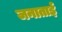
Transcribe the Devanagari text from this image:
जनाताई